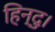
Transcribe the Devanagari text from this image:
हिन्दु।